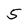
Character: 5